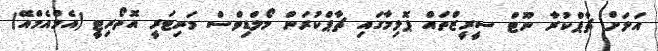
އަލަށް ޗާޕްކުރާ ނޫޓް ސީރީޒްތައް ޕޮލިމާގައި ޗާޕްކުރަން މޯލްޑިވްސް މަނިޓަރީ އޮތޯރިޓީ (އެމްއެމްއޭ)